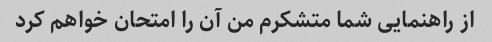
از راهنمایی شما متشکرم من آن را امتحان خواهم کرد